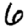
Digit: 6